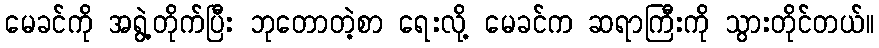
မေခင်ကို အရွဲ့တိုက်ပြီး ဘုတောတဲ့စာ ရေးလို့ မေခင်က ဆရာကြီးကို သွားတိုင်တယ်။